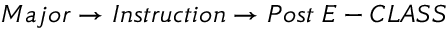
M a j o r \rightarrow I n s t r u c t i o n \rightarrow P o s t \; E - C L A S S